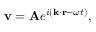
\mathbf { v } = \mathbf { A } e ^ { i ( \mathbf { k } \cdot \mathbf { r } - \omega t ) } ,